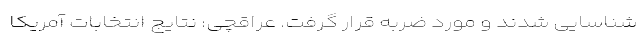
شناسایی شدند و مورد ضربه قرار گرفت. عراقچی: نتایج انتخابات آمریکا